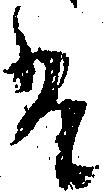
は